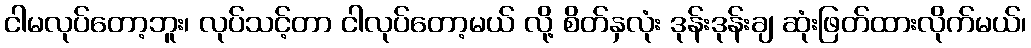
ငါမလုပ်တော့ဘူး၊ လုပ်သင့်တာ ငါလုပ်တော့မယ် လို့ စိတ်နှလုံး ဒုန်းဒုန်းချ ဆုံးဖြတ်ထားလိုက်မယ်၊